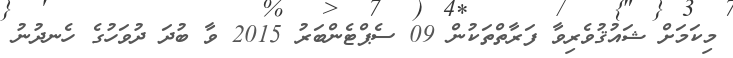
މިކަމަށް ޝައުޤުވެރިވާ ފަރާތްތަކުން 09 ސެޕްޓެންބަރު 2015 ވާ ބުދަ ދުވަހުގެ ހެނދުނު